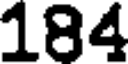
184